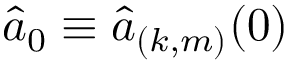
\hat { a } _ { 0 } \equiv \hat { a } _ { ( k , m ) } ( 0 )